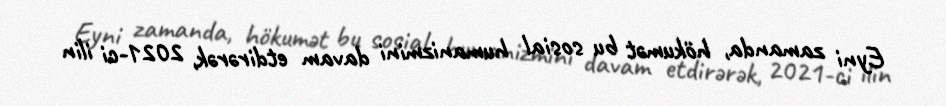
Eyni zamanda, hökumət bu sosial humanizmini davam etdirərək, 2021-ci ilin